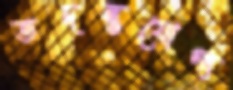
তদন্তযোগ্য